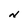
Character: N